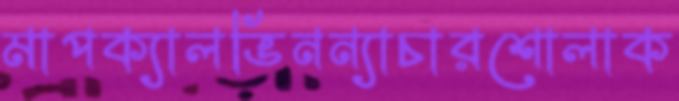
মাপক্যালভিনন্যাচারশোলাক